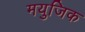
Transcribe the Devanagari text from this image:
मयुजिक